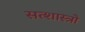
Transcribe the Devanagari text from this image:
सत्शास्त्रो